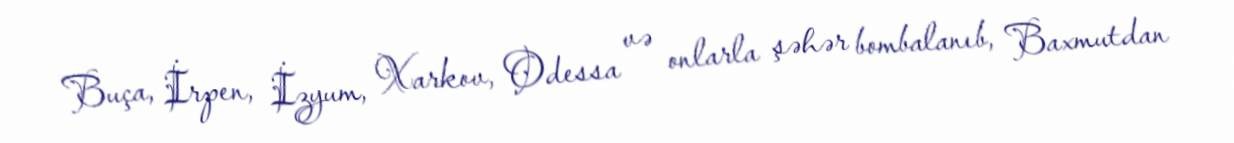
Buça, İrpen, İzyum, Xarkov, Odessa və onlarla şəhər bombalanıb, Baxmutdan